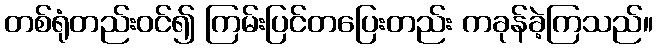
တစ်ရုံတည်းဝင်၍ ကြမ်းပြင်တပြေးတည်း ကခုန်ခဲ့ကြသည်။